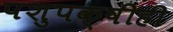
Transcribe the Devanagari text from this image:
पशुपक्षीही